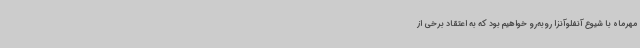
مهرماه با شیوع آنفلوآنزا روبه‌رو خواهیم بود که به اعتقاد برخی از